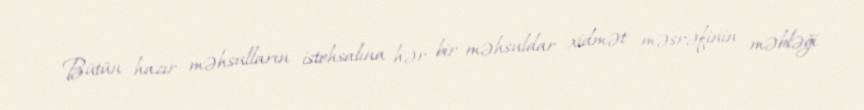
Bütün hazır məhsulların istehsalına hər bir məhsuldar xidmət məsrəfinin məbləği